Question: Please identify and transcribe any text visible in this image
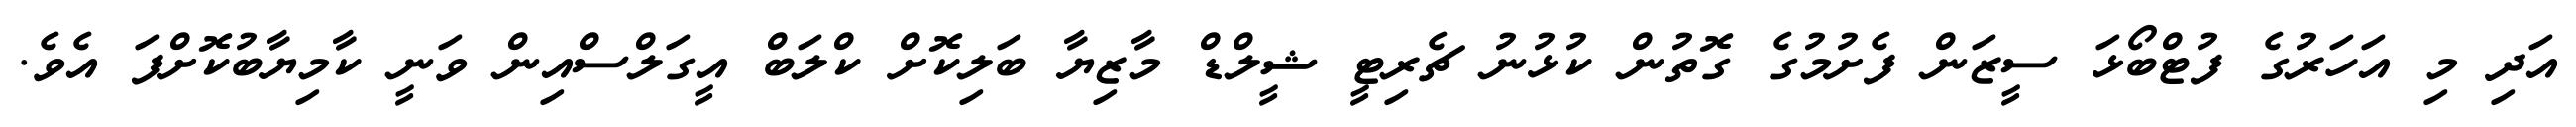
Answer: އަދި މި އަހަރުގެ ފުޓްބޯޅަ ސީޒަން ފެށުމުގެ ގޮތުން ކުޅުނު ޗެރިޓީ ޝީލްޑް މާޒިޔާ ބަލިކޮށް ކްލަބް އީގަލްސްއިން ވަނީ ކާމިޔާބުކޮށްފަ އެވެ.